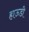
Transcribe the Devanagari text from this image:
हाऊडी